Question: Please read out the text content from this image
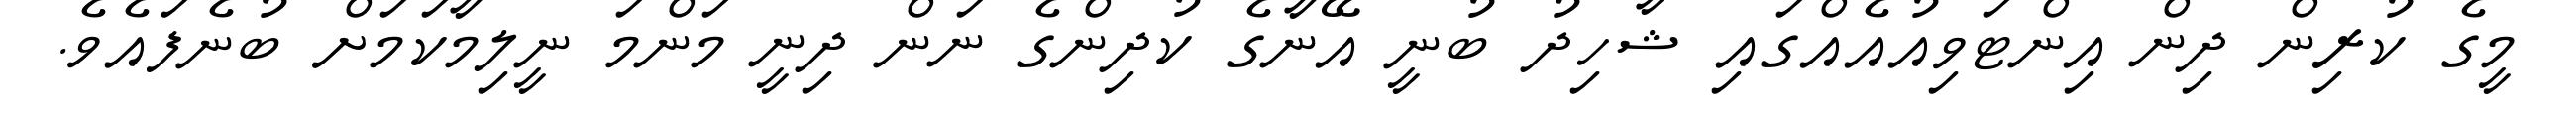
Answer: މީގެ ކުރިން ދިން އިންޓަވިއުއެއްގައި ޝާހިދު ބުނީ އޭނާގެ ކުދިންގެ ނަން ދިނީ މަންމަ ނީލިމާކަމަށް ބުނެފައެވެ.